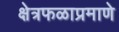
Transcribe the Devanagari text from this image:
क्षेत्रफळाप्रमाणे